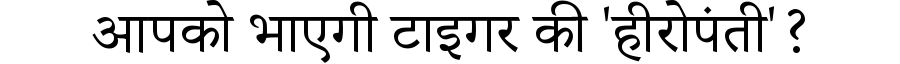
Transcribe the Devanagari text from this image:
आपको भाएगी टाइगर की 'हीरोपंती'?